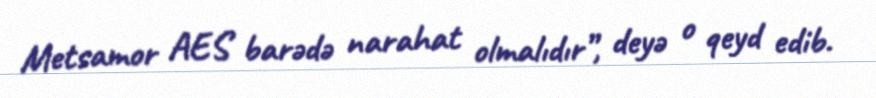
Metsamor AES barədə narahat olmalıdır”, deyə o qeyd edib.